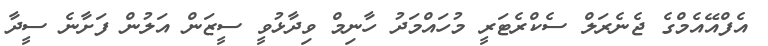
އެފްއޭއެމްގެ ޖެނެރަލް ސެކްރެޓަރީ މުހައްމަދު ހާނިމް ވިދާޅުވީ ސީޒަން އަލުން ފަށާނެ ސީދާ